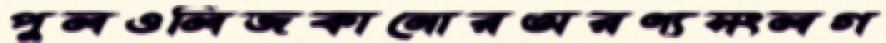
পুলওলিজকানোরঅরণ্যসংলগ